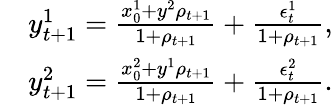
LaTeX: \begin{array}{rl}&{y_{t+1}^{1}=\frac{x_{0}^{1}+y^{2}\rho_{t+1}}{1+\rho_{t+1}}+\frac{\epsilon_{t}^{1}}{1+\rho_{t+1}},}\\ &{y_{t+1}^{2}=\frac{x_{0}^{2}+y^{1}\rho_{t+1}}{1+\rho_{t+1}}+\frac{\epsilon_{t}^{2}}{1+\rho_{t+1}}.}\end{array}